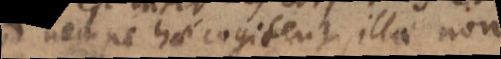
nempe hae cogitent, illae non